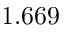
1 . 6 6 9